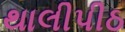
થાલીપીઠ